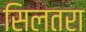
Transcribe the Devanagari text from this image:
सिलतरा